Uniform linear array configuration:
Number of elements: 12
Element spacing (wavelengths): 0.75
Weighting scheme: cosine
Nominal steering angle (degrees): -45
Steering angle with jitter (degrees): -45.453
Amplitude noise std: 0.05
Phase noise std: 0.05

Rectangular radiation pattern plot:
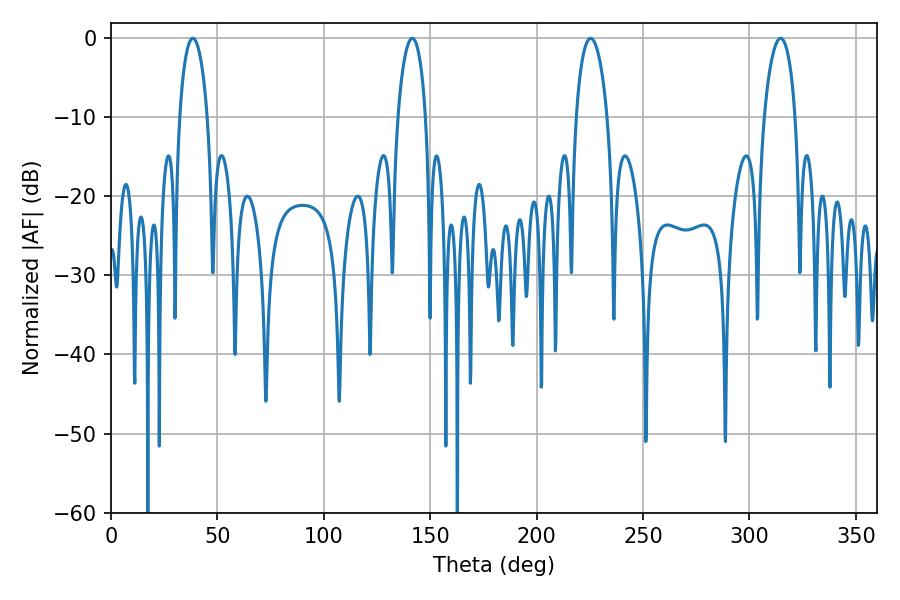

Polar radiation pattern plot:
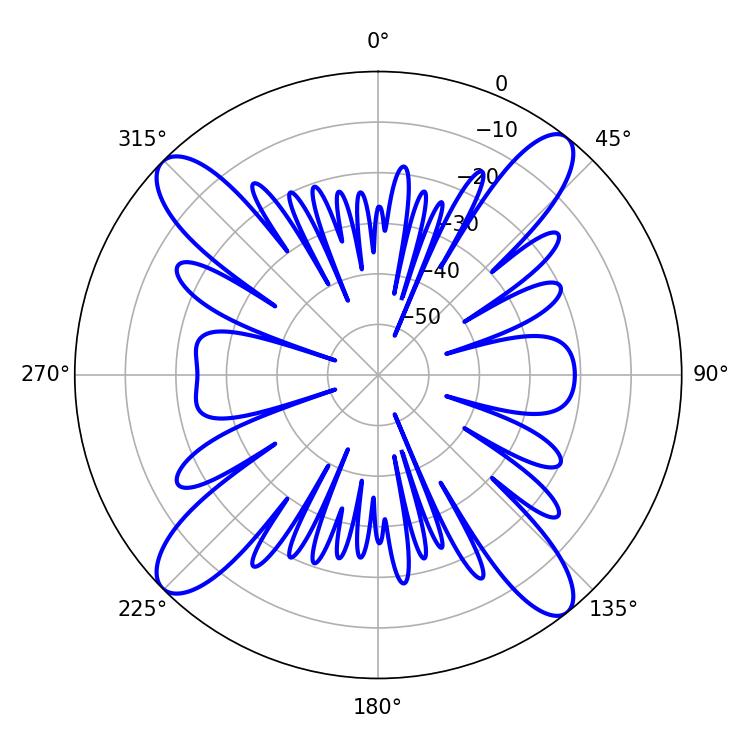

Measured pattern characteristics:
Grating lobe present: TRUE
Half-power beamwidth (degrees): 8.28
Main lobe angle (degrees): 225.36